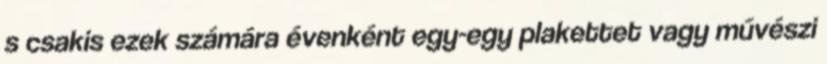
s csakis ezek számára évenként egy-egy plakettet vagy művészi